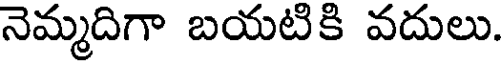
నెమ్మదిగా బయటికి వదులు.